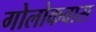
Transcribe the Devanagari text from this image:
गोलोकवास